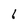
Character: 6